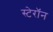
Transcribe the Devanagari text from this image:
स्टेरॉन